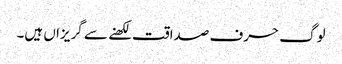
لوگ حرف صداقت لکھنے سے گریزاں ہیں۔